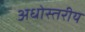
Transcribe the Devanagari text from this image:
अधोस्तरीय